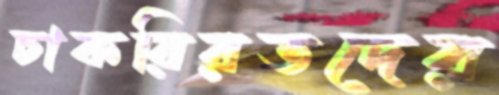
চাকরিরতদের